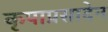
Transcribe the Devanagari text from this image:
कृपाप्रसादेन